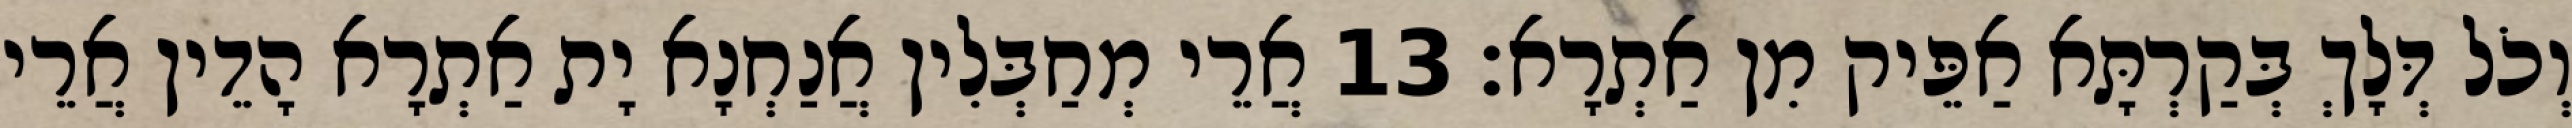
וְכֹל דְּלָךְ בְּקַרְתָּא אַפֵּיק מִן אַתְרָא׃ 13 אֲרֵי מְחַבְּלִין אֲנַחְנָא יָת אַתְרָא הָדֵין אֲרֵי